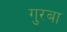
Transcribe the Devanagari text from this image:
गुरबा